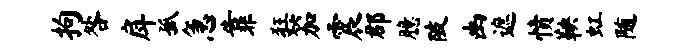
拘咎戽孤急靠狂笳震郡臆陂幽遮愤鞅虹随